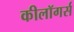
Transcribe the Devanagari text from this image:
कीलॉगर्स